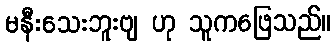
မနီးသေးဘူးဗျ ဟု သူကဖြေသည်။